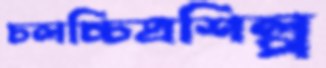
চলচ্চিত্রশিল্প